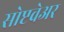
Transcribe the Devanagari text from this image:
सोप्टवेअर